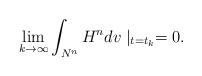
LaTeX: \begin{align*}\lim_{k\rightarrow \infty}\int_{N^{n}}H^{n}dv\mid_{t=t_k}=0.\end{align*}